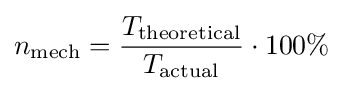
n_{\text{mech}}={T_{\text{theoretical}} \over T_{\text{actual}}}\cdot 100\%